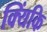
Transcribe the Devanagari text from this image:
क्यिंकि